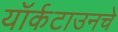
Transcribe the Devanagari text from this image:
यॉर्कटाउनचे